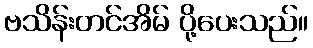
ဗသိန်းတင်အိမ် ပို့ပေးသည်။